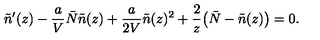
\tilde { n } ^ { \prime } ( z ) - { \frac { a } { V } } \bar { N } \tilde { n } ( z ) + { \frac { a } { 2 V } } \tilde { n } ( z ) ^ { 2 } + { \frac { 2 } { z } } \bigl ( \bar { N } - \tilde { n } ( z ) \bigr ) = 0 .